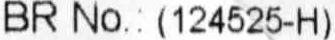
BR NO.:(124525-H)